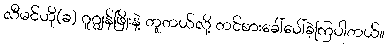
လီမင်ဟို(ခ) ဂူဂျွန်ဖြိုးနဲ့ တူတယ်လို့ တင်စားခေါ်ဝေါ်ခဲ့ကြပါတယ်။